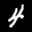
Label: 4